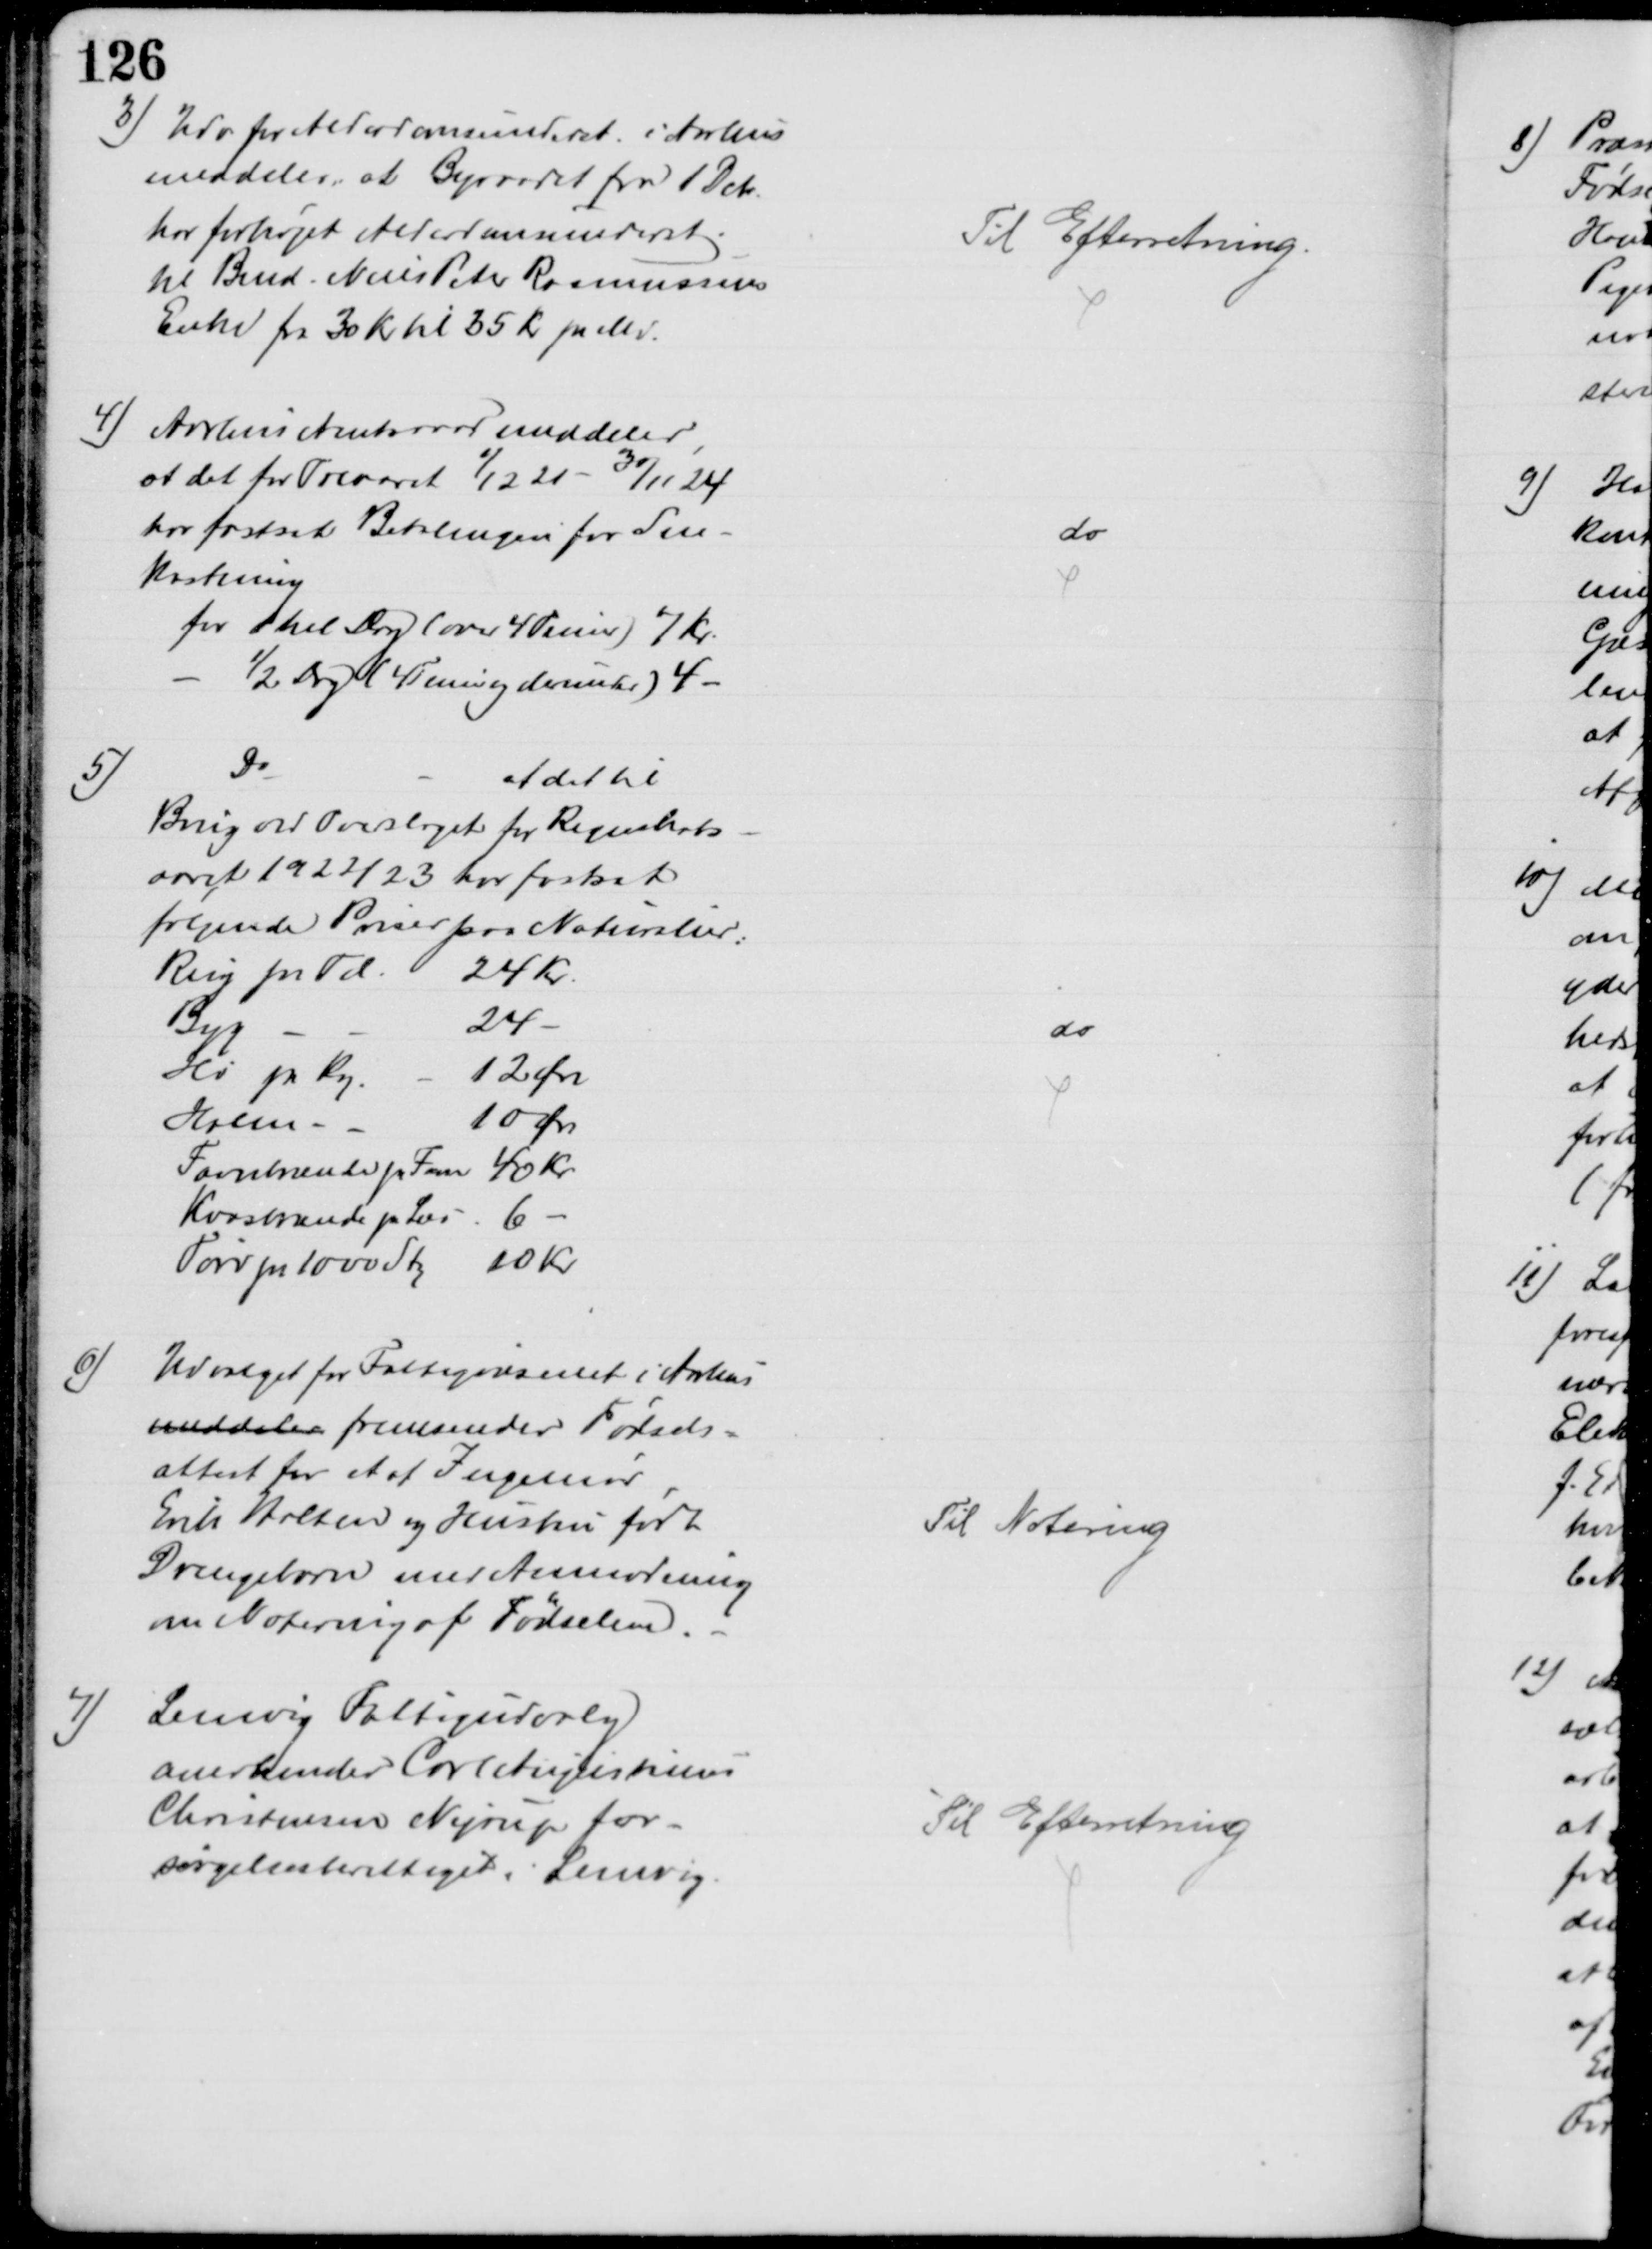
Transskription:
3) Udv for Alderdomsunderst. i Aarhus
meddeler, at Byraadet fra 1 Dcb.
har forhøjet Alderdomsunderst.
til Bmd. Niels Peter Rasmussens
Enke fra 30 Kr til 35 Kr pr Md.
Til Efterretning.
4)
Aarhus Amtsraad meddeler,
at det for Treaaret 1/12 21 - 30/11 24
har fastsat Betalingen for Sne-
kastning
for 1 hel Dag (over 4 Timer) 7 Kr.
½ Dag (4 Timer og derunder) 4
do
5)
Do
at det til
Brug ved Overslaget for Regnskabs-
aaret 1922/23 har fastsat
følgende Priser paa Naturalier:
Rug pr Td
24 Kr
Byg
24
Hø pr Kg.
12 Øre
Halm
10 Øre
Favnbrænde pr Favn
40 Kr
Kvasbrænde pr Læs
6 
Tørv pr 1000 Sty
10 Kr
do
6)
Udvalget for Fattigvæsenet i Aarhus
meddeler fremsender Fødsels-
attest for et af Ingeniør
Erik Holten og Hustru født
Drengebarn med Anmodning
om Notering af Fødselen.
Til Notering
7)
Lemvig Fattigudvalg
anerkender Carl Augustinus
Christensen Nyrup for-
sørgelsesberettiget, Lemvig.
Til Efterretning